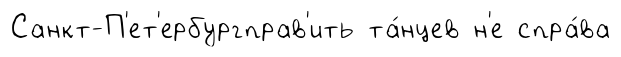
Санкт-П'ет'ербургправ'ить та́нцев н'е спра́ва